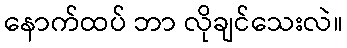
နောက်ထပ် ဘာ လိုချင်သေးလဲ။